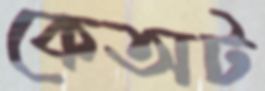
কেঅট